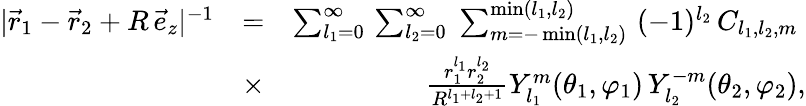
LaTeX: \begin{array}{rlr}{|\vec{r}_{1}-\vec{r}_{2}+R\, \vec{e}_{z}|^{-1}}&{=}&{\sum_{l_{1}=0}^{\infty}\, \sum_{l_{2}=0}^{\infty}\; \sum_{m=-\operatorname*{min}(l_{1},l_{2})}^{\operatorname*{min}(l_{1},l_{2})}\, \, (-1)^{l_{2}}\, C_{l_{1},l_{2},m}\; }\\ &{\times}&{\frac{r_{1}^{l_{1}}r_{2}^{l_{2}}}{R^{l_{1}+l_{2}+1}}Y_{l_{1}}^{m}(\theta_{1},\varphi_{1})\, Y_{l_{2}}^{-m}(\theta_{2},\varphi_{2}),}\end{array}